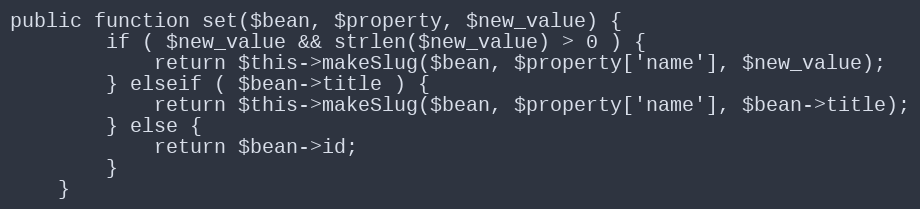
Language: PHP
public function set($bean, $property, $new_value) {
		if ( $new_value && strlen($new_value) > 0 ) {
			return $this->makeSlug($bean, $property['name'], $new_value);
		} elseif ( $bean->title ) {
			return $this->makeSlug($bean, $property['name'], $bean->title);
		} else {
			return $bean->id;
		}
	}